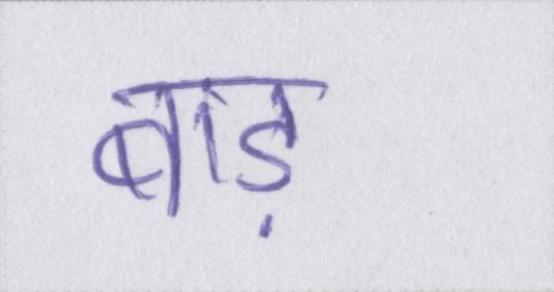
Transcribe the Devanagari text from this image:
बाड़